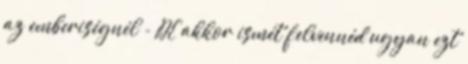
az emberiségnél - DE akkor ismét felvennéd ugyan ezt